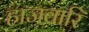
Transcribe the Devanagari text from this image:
हाजवारि